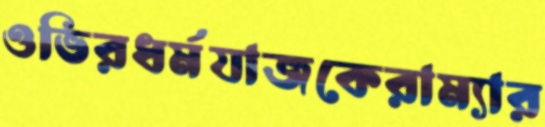
ওভিরধর্মযাজকেরাম্যার